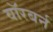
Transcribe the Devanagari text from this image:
वॉरबर्न